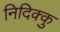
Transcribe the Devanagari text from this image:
निदिक्कु